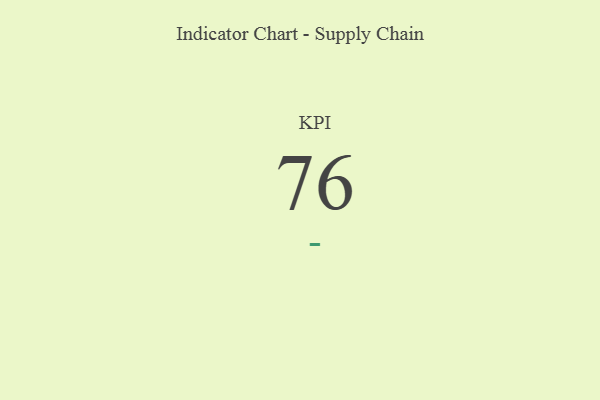
{"axis": {"x": "KPI", "y": "Value"}, "legend": [""], "data": [{"x": "KPI", "y": 76, "type": ""}]}